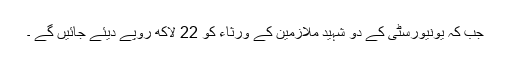
جب کہ یونیورسٹی کے دو شہید ملازمین کے ورثاء کو 22 لاکھ روپے دیئے جائیں گے ۔